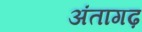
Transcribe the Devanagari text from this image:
अंतागढ़